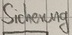
Text: Sicherung